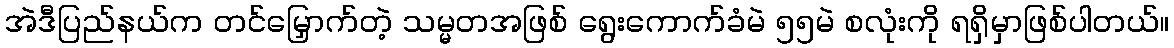
အဲဒီပြည်နယ်က တင်မြှောက်တဲ့ သမ္မတအဖြစ် ရွေးကောက်ခံမဲ ၅၅မဲ စလုံးကို ရရှိမှာဖြစ်ပါတယ်။